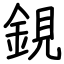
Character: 鋧